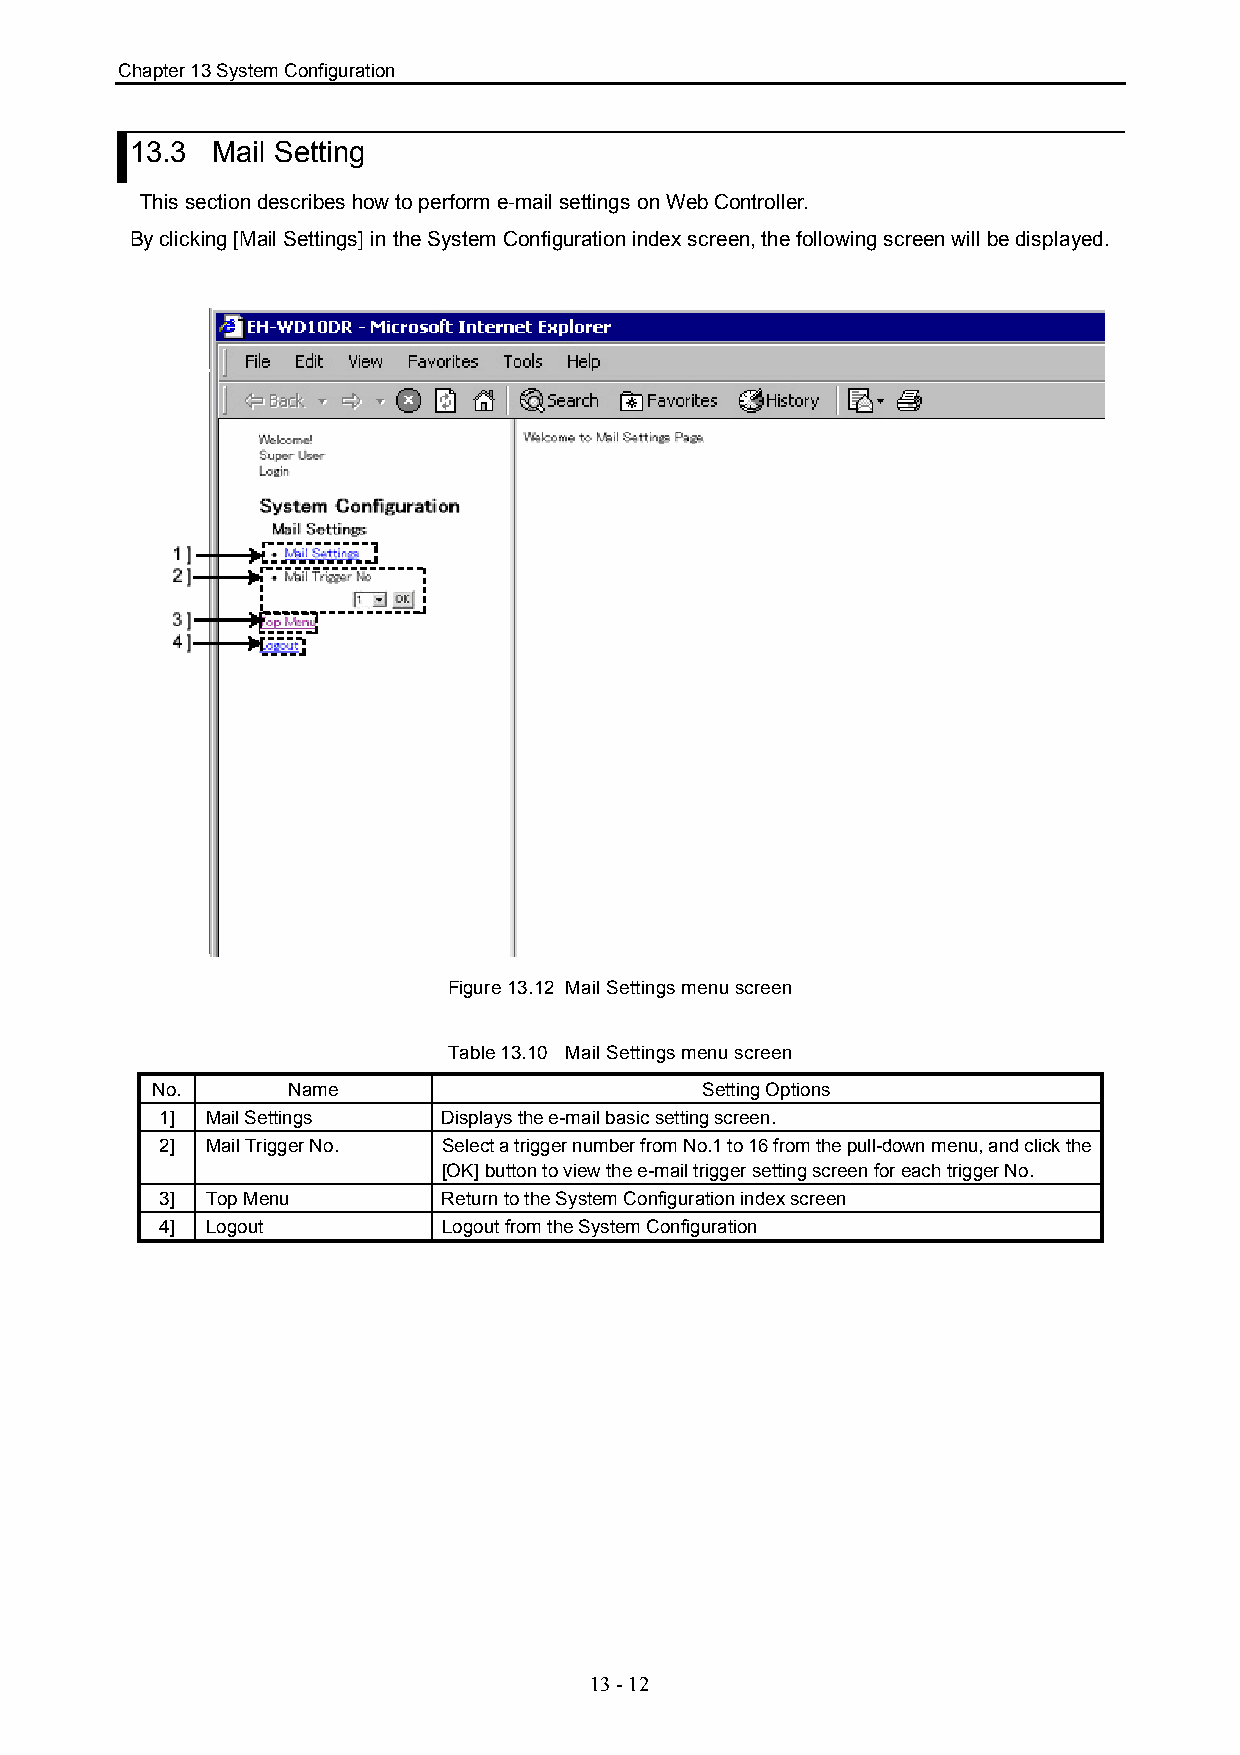
Chapter 13 System Configuration
 13.3 Mail Setting
 This section describes how to perform e-mail settings on Web Controller.
 By clicking [Mail Settings] in the System Configuration index screen, the following screen will be displayed.
 Figure 13.12 Mail Settings menu screen
 Table 13.10 Mail Settings menu screen
 No.      Name                       Setting Options
 1] Mail Settings  Displays the e-mail basic setting screen.
 2] Mail Trigger No. Select a trigger number from No.1 to 16 from the pull-down menu, and click the
 [OK] button to view the e-mail trigger setting screen for each trigger No.
 3] Top Menu       Return to the System Configuration index screen
 4] Logout         Logout from the System Configuration
 13 - 12